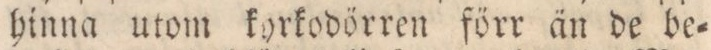
hinna utom kyrkodörren förr än de be=